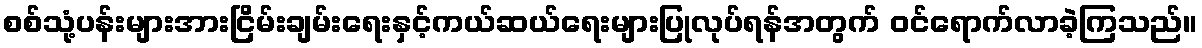
စစ်သုံ့ပန်းများအားငြိမ်းချမ်းရေးနှင့်ကယ်ဆယ်ရေးများပြုလုပ်ရန်အတွက် ဝင်ရောက်လာခဲ့ကြသည်။